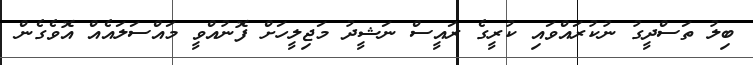
ބިލު ތަސްދީގު ނުކުރައްވައި ކުރީގެ ރައީސް ނަޝީދު މަޖިލީހަށް ފޮނުއްވީ މައްސަލައެއް އޮވެގެން